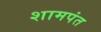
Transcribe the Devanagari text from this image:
शामपंत